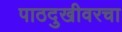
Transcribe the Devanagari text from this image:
पाठदुखीवरचा